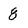
Character: 8